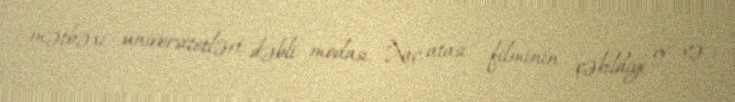
mətbəxi, universitetləri, dəbli modası, "Xaç atası" filminin çəkildiyi ev və